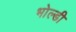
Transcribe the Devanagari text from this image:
भोल्डी